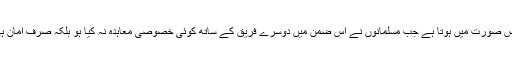
یہ سب کچھ اس صورت میں ہوتا ہے جب مسلمانوں نے اس ضمن میں دوسرے فریق کے ساتھ کوئی خصوصی معاہدہ نہ کیا ہو بلکہ صرف امان ہی دی گئی ہو۔